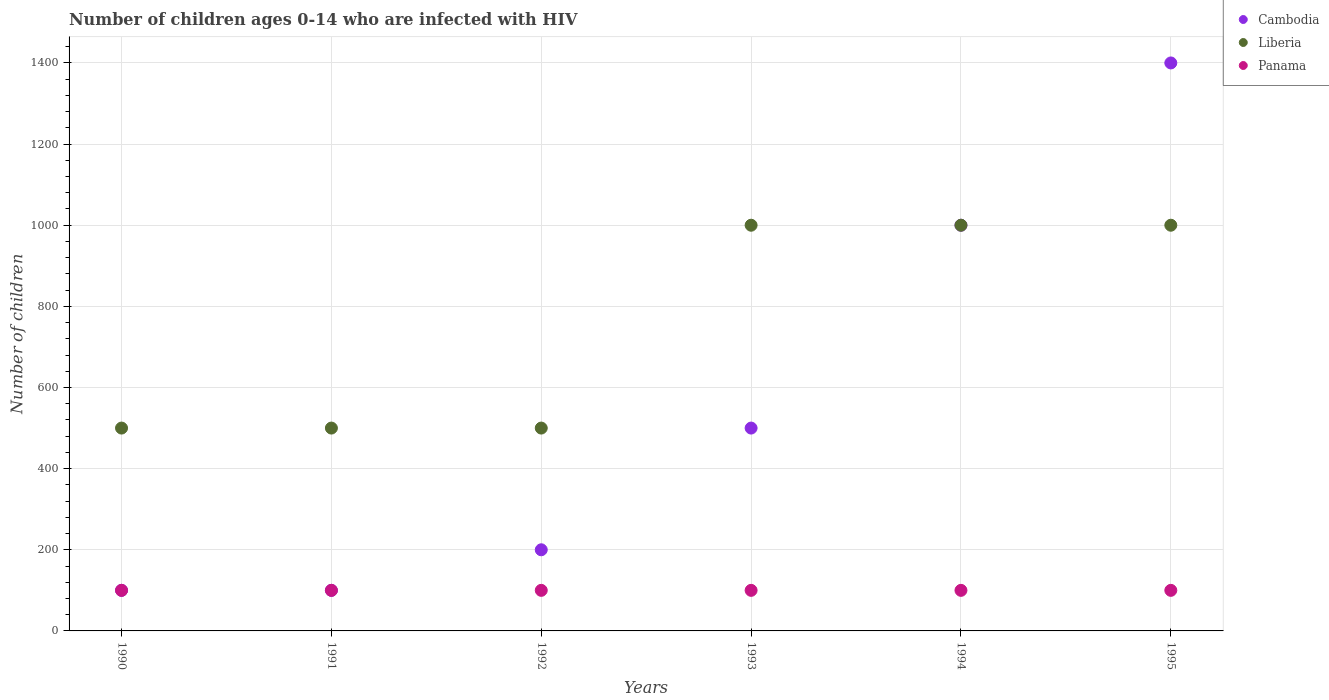
| Years | Cambodia | Liberia | Panama |
 | --- | --- | --- | --- |
 | 1990 | 100 | 500 | 100 |
 | 1991 | 100 | 500 | 100 |
 | 1992 | 200 | 500 | 100 |
 | 1993 | 500 | 1e+03 | 100 |
 | 1994 | 1e+03 | 1e+03 | 100 |
 | 1995 | 1.4e+03 | 1e+03 | 100 |